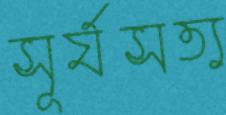
সূর্যসত্য